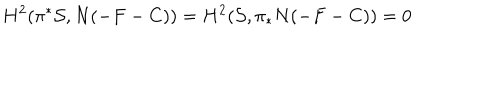
H ^ { 2 } ( \pi ^ { * } { \cal S } , N ( - F - C ) ) = H ^ { 2 } ( { \cal S } , \pi _ { * } N ( - F - C ) ) = 0